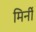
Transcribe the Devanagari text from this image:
मिर्नी